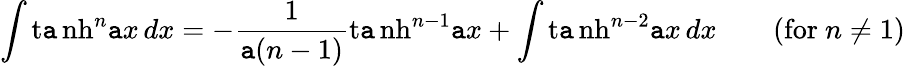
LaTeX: \int\operatorname{t\mathtt{a}nh}^{n}\mathtt{a}x\, dx=-{\frac{{1}}{{\mathtt{a}(n-1)}}}\operatorname{t\mathtt{a}nh}^{n-1}\mathtt{a}x+\int\operatorname{t\mathtt{a}nh}^{n-2}\mathtt{a}x\, dx\qquad{\mathrm{{(for~}}}n\neq1{\mathrm{{)}}}